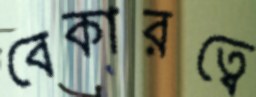
বেকারত্বে